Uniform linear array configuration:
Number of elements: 24
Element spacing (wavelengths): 0.5
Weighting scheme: blackman
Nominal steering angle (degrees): -30
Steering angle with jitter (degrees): -28.797
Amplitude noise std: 0.05
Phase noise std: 0.05

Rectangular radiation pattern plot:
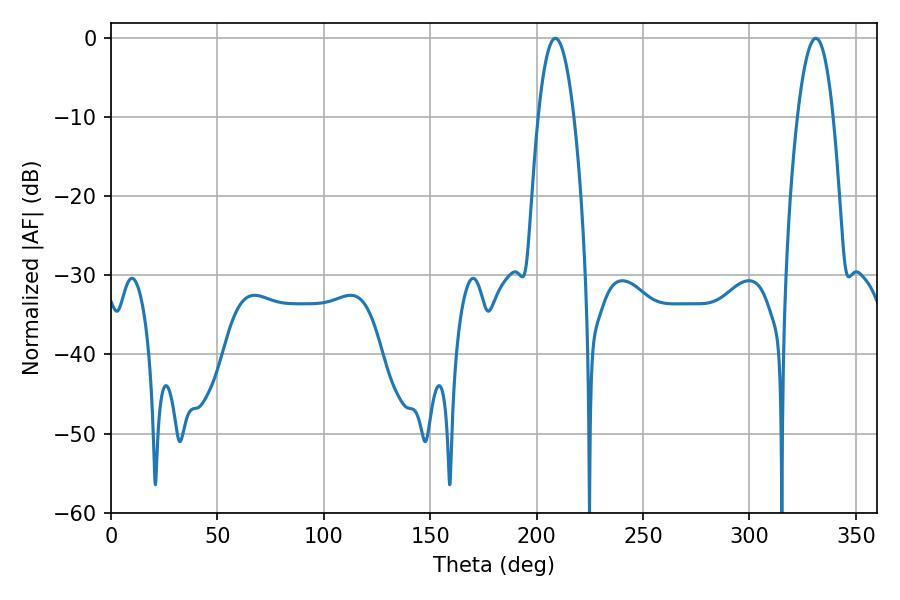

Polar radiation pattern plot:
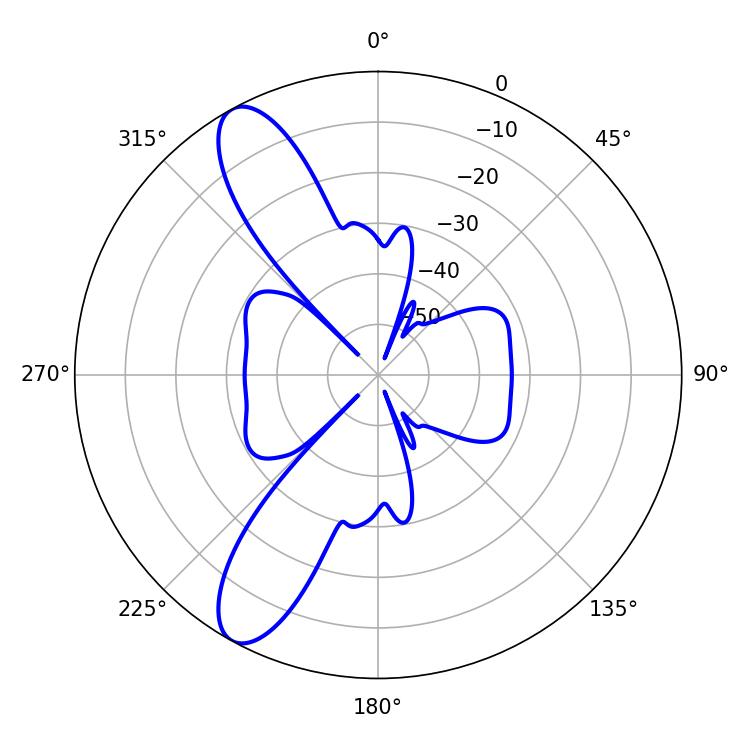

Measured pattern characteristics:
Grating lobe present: FALSE
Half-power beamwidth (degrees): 9.18
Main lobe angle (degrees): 208.8